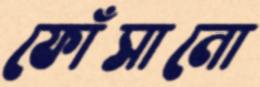
ফোঁসানো